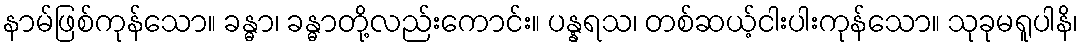
နာမ်ဖြစ်ကုန်သော။ ခန္ဓာ၊ ခန္ဓာတို့လည်းကောင်း။ ပန္နရသ၊ တစ်ဆယ့်ငါးပါးကုန်သော။ သုခုမရူပါနိ၊